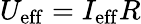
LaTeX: U_{\mathrm{eff}}=I_{\mathrm{eff}}R